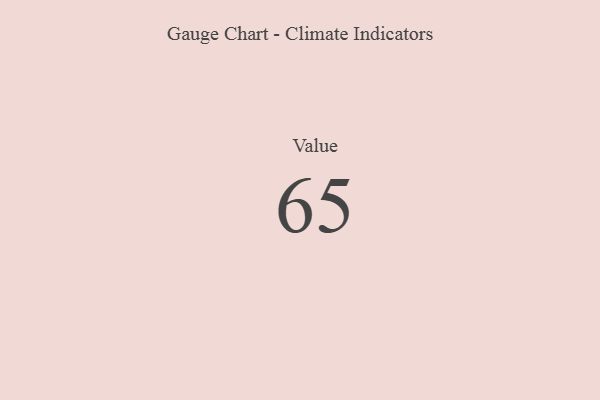
{"axis": {"x": "Metric", "y": "Value"}, "legend": [""], "data": [{"x": "Value", "y": 65, "type": ""}]}